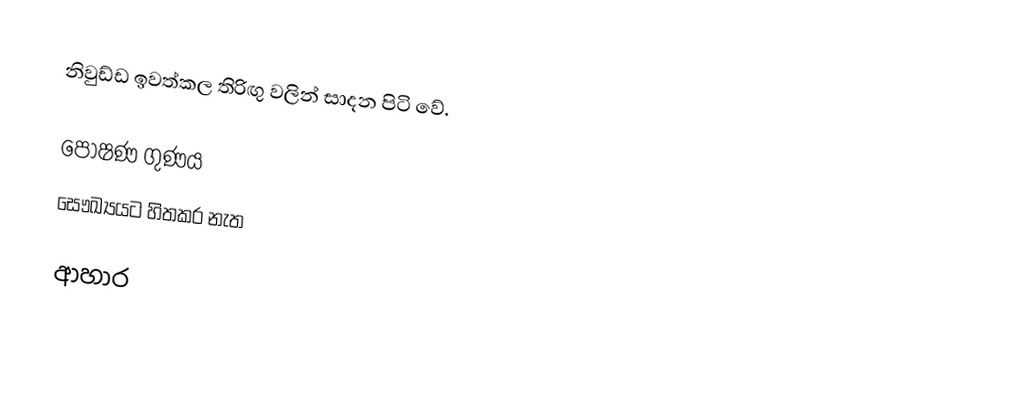
නිවුඩ්ඩ ඉවත්කල තිරිඟු වලින් සාදන පිටි වේ.

පෝෂණ ගුණය
සෞඛ්‍යයට හිතකර නැත

ආහාර